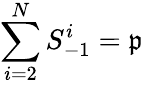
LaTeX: \sum_{i=2}^{N}S_{-1}^{i}=\mathfrak{p}